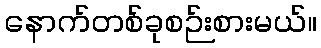
နောက်တစ်ခုစဉ်းစားမယ်။